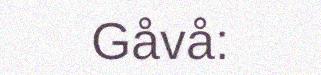
Gåvå: